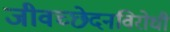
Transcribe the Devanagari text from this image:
जीवच्छेदनविरोधी